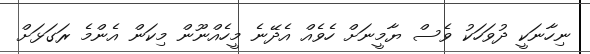
ނިހާނަކީ ދުވަހަކު ވެސް ޔާމީނަށް ހެވެއް އެދޭނެ މީހެއްނޫން މިކަން އެންމެ ރަގަޅަށް